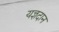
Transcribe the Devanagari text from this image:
यज्ञदान